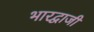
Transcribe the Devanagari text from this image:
भारद्वाजी